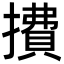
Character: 㩌